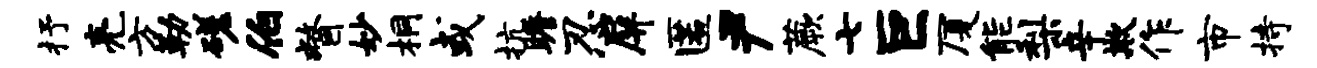
抒亮方勒磋伯瞥妙桐或抗瞻忍屏匿尹蕨七巨厦能梨辛欺作市持